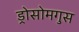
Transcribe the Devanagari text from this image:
ड्रोसोमगुस